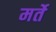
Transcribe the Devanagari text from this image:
मर्ते